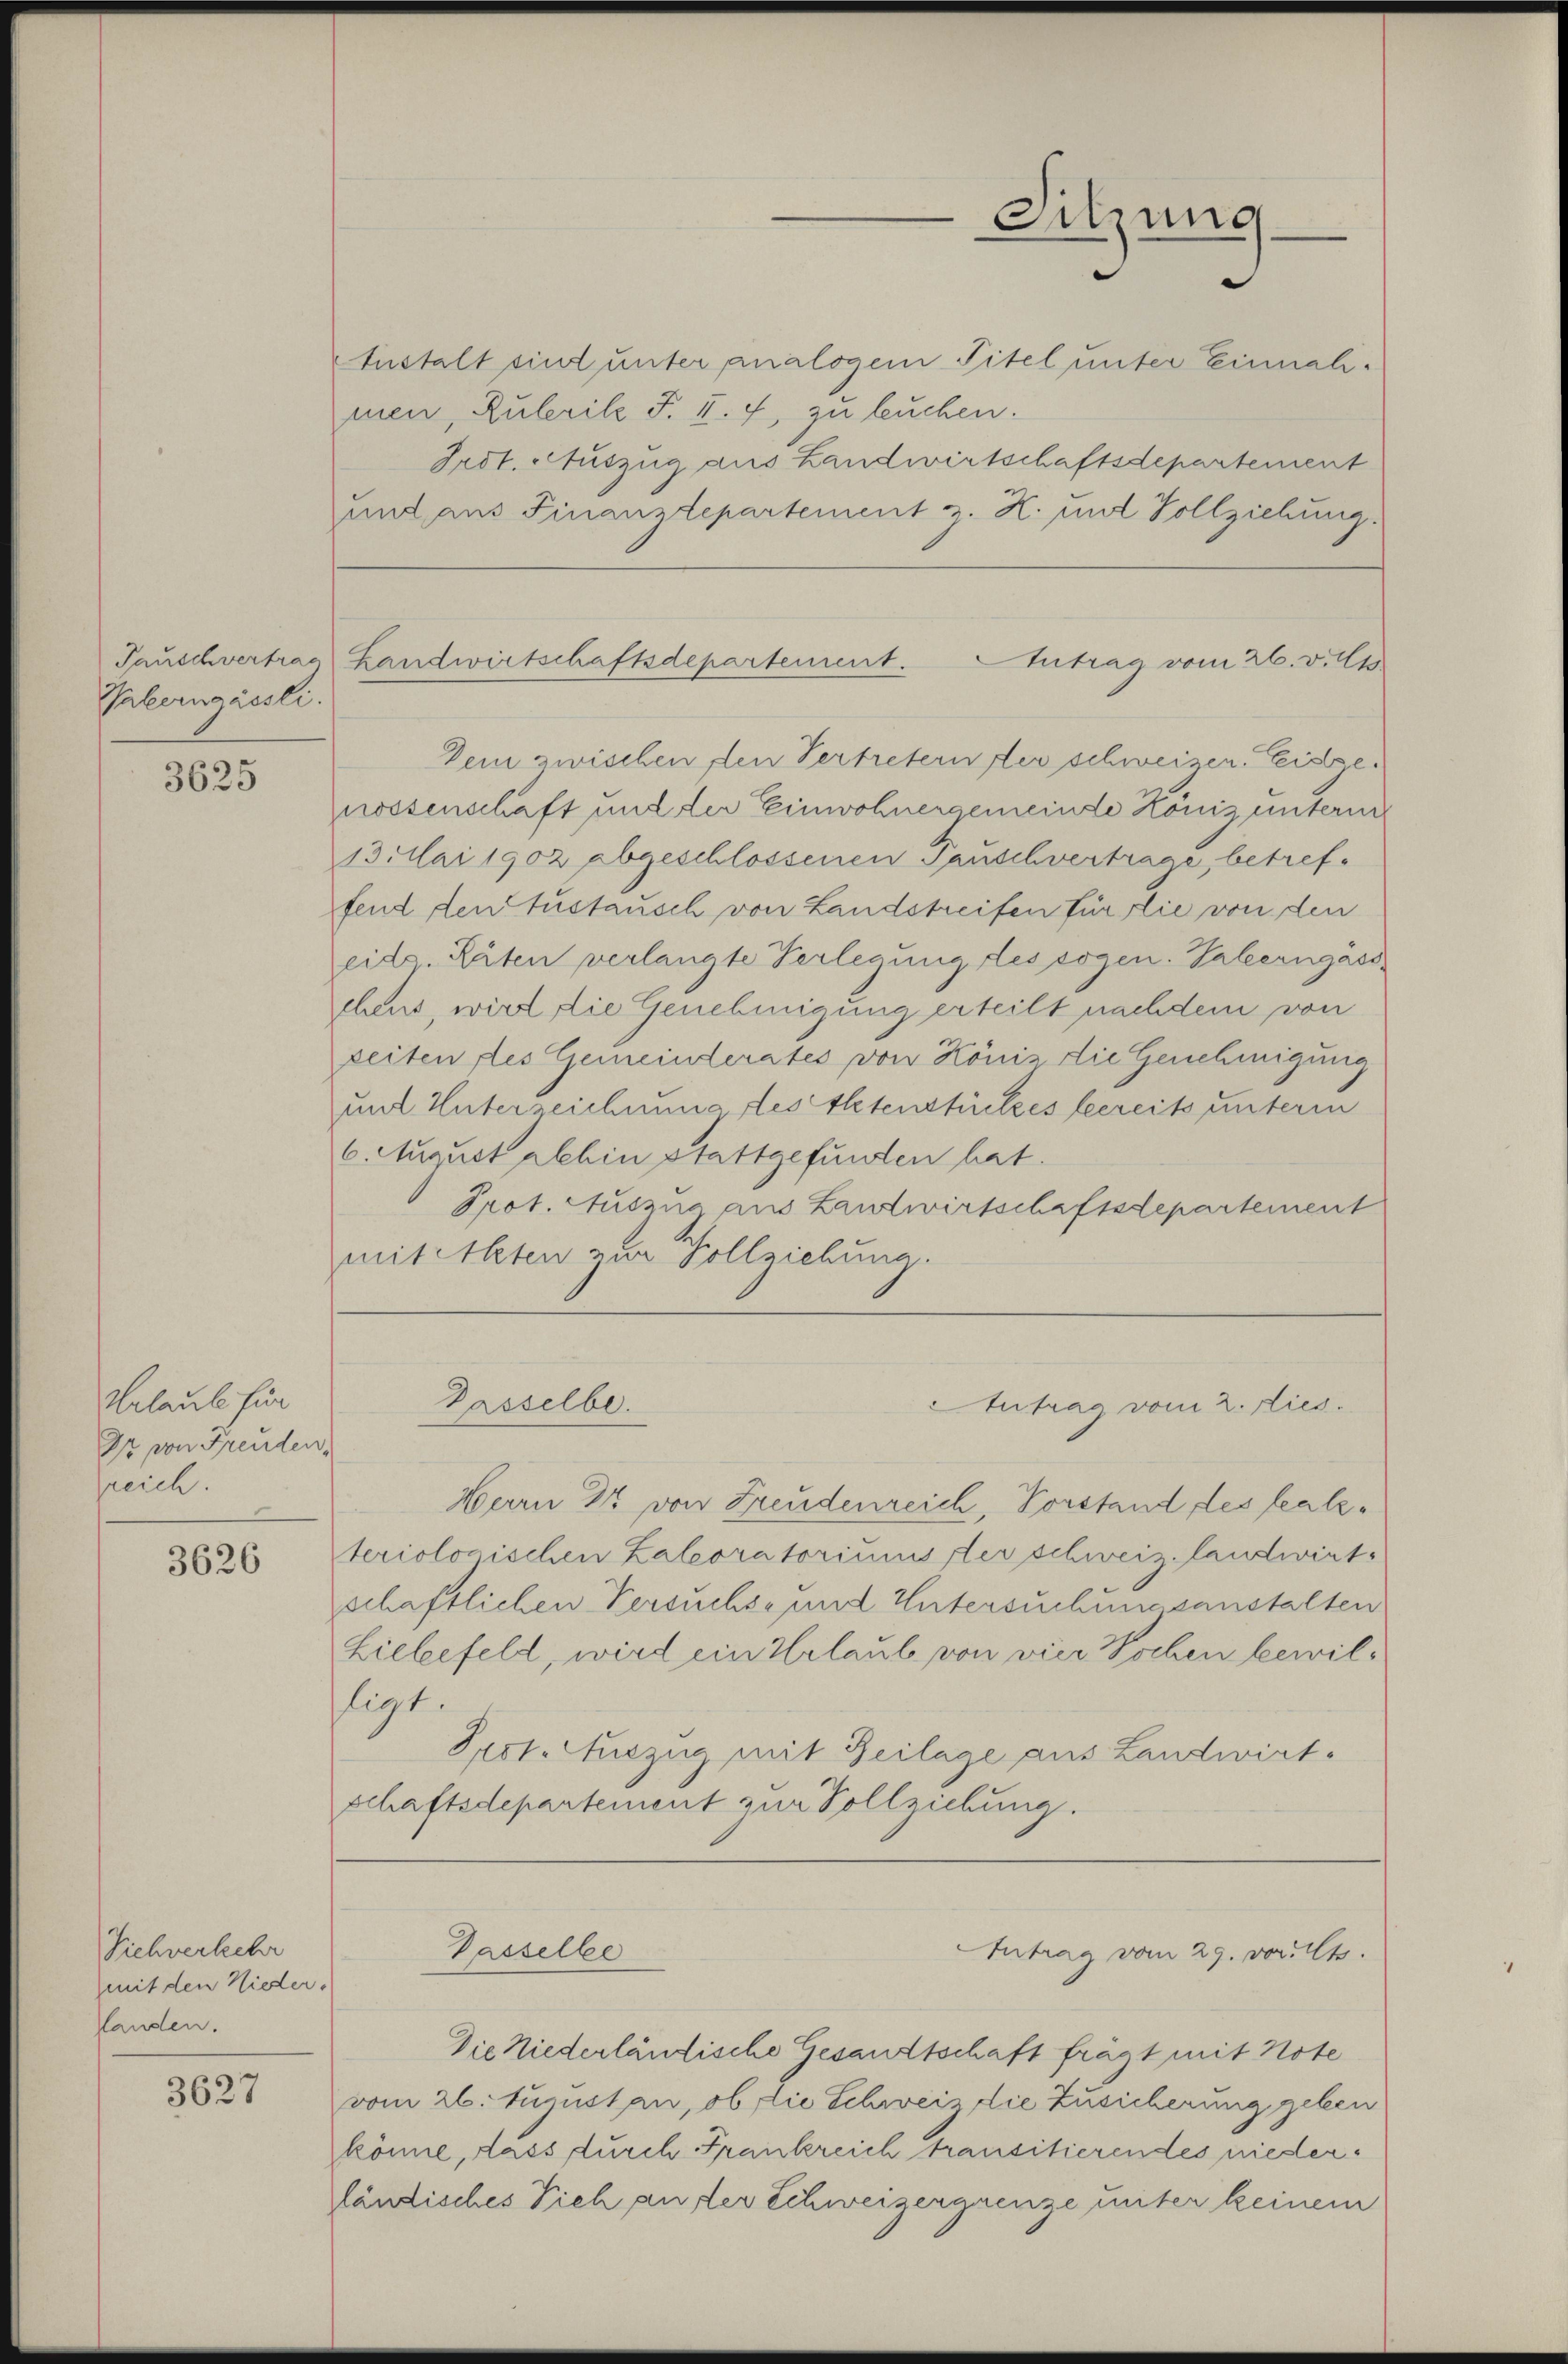
Palerngaesli.

3625

Urlaube für
Dr von Freuden,
reich.

3626

Viehverkehr
mit den Nieder-
Handen.

3627

Anstalt sind unter analogen Titel unter Einnali-
men, Rulerike F. II. f, zu leuchen.
Frdt. Auszug aus Landwirtschaftsdepartement
und aus Finanzdepartement z. Z. mit Vollziehung.

Tauschvertrag Handwirtschaftsdepartement.
Antrag vom 26. v. Mts.

Dein zwischen den Vertretern der schweizer. Leisgenossenschaft und der Einwohnergemeinde Hönis unterm
13. Mai 1902 abgeschlossenen Tauschvertrage, betreffend den tustausch von Landstreifen für die von den
eide Räten verlangte Verlegung des sogen. Palerngass
chens, wird die Genehmigung erteilt nachdem von
zeiten des Gemeinderates von Köniz die Genehmigung
und Unterzeichnung des Ehetenstückes leereits unterm
6. August abhin stattgefunden hat.
Prot. Auszug aus Landwirtschaftsdepartement
mitekten zur Vollziehung.

Passelbe.

Passelbe

Herrn 2 von Freudenreich, Vorstand des Lealzteriologischen Zalcoratoriums verschweiz. Landwirt
schaftlichen Versuchs- und Untersuchungsanstalten
Lielefeld, wird ein Urlaub von vier Wochen bewilligt.
Prot. Auszug mit Beilage aus Landwirt.
schaftsdepartement zur Vollziehung.

Die Niederländische Gesandtschaft frägt mit Note
vom 26. hujusten, ob die Schweiz die Zusicherung geben
könne, dass durch Frankreich transitierendes niederländisches Dich an der Schweizergrenze unter keinem

Sitzung

Antrag vom 2. dies

Antrag vom 29. vor. Mts.